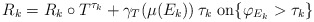
\begin{align*}R_{k}=R_{k}\circ T^{\tau_{k}}+\gamma_{T}(\mu(E_{k}))\,\tau_{k}\text{ on}\{\varphi_{E_{k}}>\tau_{k}\}\end{align*}